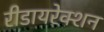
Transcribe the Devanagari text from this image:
रीडायरेक्शन